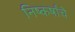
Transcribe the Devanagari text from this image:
निष्कर्षांचे